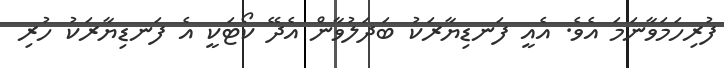
ފުރިހަމަވާނަމަ އެވެ. އެއީ ފަނޑިޔާރަކު ބަދަލުވާން އެދޭ ކޯޓަކީ އެ ފަނޑިޔާރަކު ހުރި